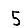
Digit: 5